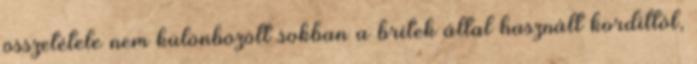
összetétele nem különbözött sokban a britek által használt kordittól,